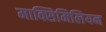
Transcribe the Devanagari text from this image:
माक्सिमिलियन